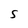
Character: s